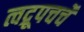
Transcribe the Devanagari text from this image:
त्वद्रूपचर्चे